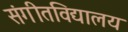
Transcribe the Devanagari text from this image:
संगीतविद्यालय